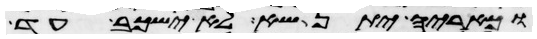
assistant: וכאריה יתנשא לא ישכב עד